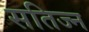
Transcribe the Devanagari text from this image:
सतिज्न